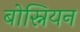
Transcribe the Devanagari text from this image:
बोस्नियन